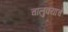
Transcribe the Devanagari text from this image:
चालुक्याचे